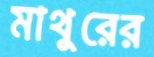
মাথুরের